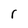
Character: r